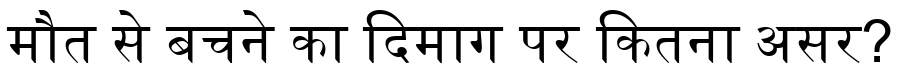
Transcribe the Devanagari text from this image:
मौत से बचने का दिमाग पर कितना असर?